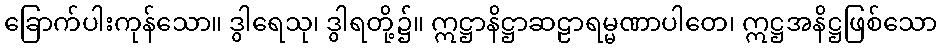
ခြောက်ပါးကုန်သော။ ဒွါရေသု၊ ဒွါရတို့၌။ ဣဋ္ဌာနိဋ္ဌာဆဠာရမ္မဏာပါတေ၊ ဣဋ္ဌအနိဋ္ဌဖြစ်သော